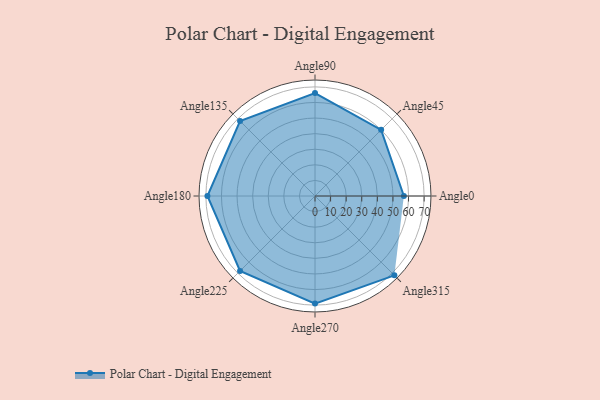
{"axis": {"x": "Angle", "y": "Radius"}, "legend": [""], "data": [{"x": "Angle0", "y": 57.0, "type": ""}, {"x": "Angle45", "y": 60.0, "type": ""}, {"x": "Angle90", "y": 66.0, "type": ""}, {"x": "Angle135", "y": 68.0, "type": ""}, {"x": "Angle180", "y": 69.0, "type": ""}, {"x": "Angle225", "y": 68.0, "type": ""}, {"x": "Angle270", "y": 69.0, "type": ""}, {"x": "Angle315", "y": 72.0, "type": ""}]}